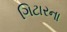
ગિટારના